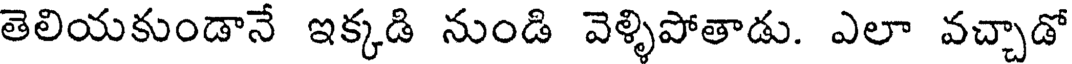
తెలియకుండానే ఇక్కడి నుండి వెళ్ళిపోతాడు. ఎలా వచ్చాడో